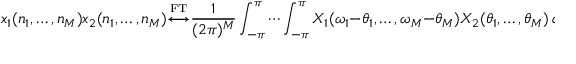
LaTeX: x _ { 1 } ( n _ { 1 } , \ldots , n _ { M } ) x _ { 2 } ( n _ { 1 } , \ldots , n _ { M } ) { \overset { \underset { \mathrm { F T } } { } } { \longleftrightarrow } } { \frac { 1 } { ( 2 \pi ) ^ { M } } } \int _ { - \pi } ^ { \pi } \cdots \int _ { - \pi } ^ { \pi } X _ { 1 } ( \omega _ { 1 } - \theta _ { 1 } , \ldots , \omega _ { M } - \theta _ { M } ) X _ { 2 } ( \theta _ { 1 } , \ldots , \theta _ { M } ) \, d \theta _ { 1 } \cdots d \theta _ { M }